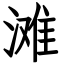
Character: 滩